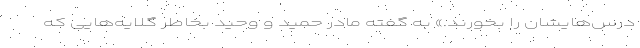
درس‌هایشان را بخورند.» به گفته مادر حمید و وحید بخاطر گلایه‌هایی که